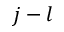
j - l